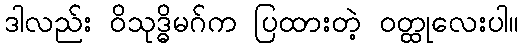
ဒါလည်း ဝိသုဒ္ဓိမဂ်က ပြထားတဲ့ ဝတ္ထုလေးပါ။